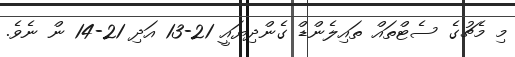
މި މެޗުގެ ސެޓްތައް ތައިލެންޑް ގެންދިޔައީ 21-13 އަދި 21-14 ން ނެވެ.